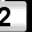
Digit: 2